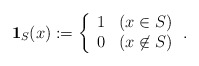
\begin{align*}\mathbf{1}_{S}(x) := \left\{\begin{array}{ll}1 & (x\in S)\\0 & (x\not \in S)\end{array}\right..\end{align*}